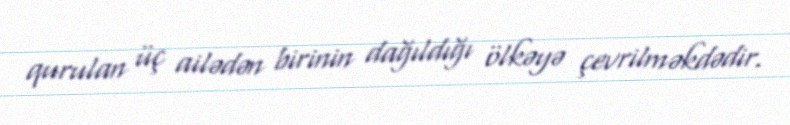
qurulan üç ailədən birinin dağıldığı ölkəyə çevrilməkdədir.